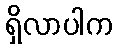
ရှိလာပါက